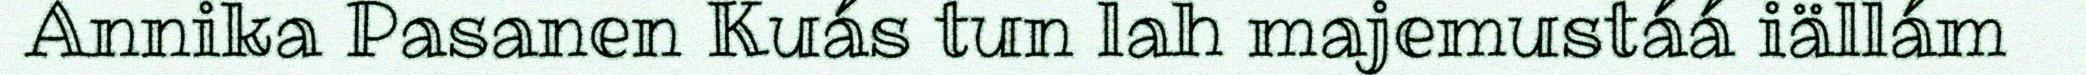
Annika Pasanen Kuás tun lah majemustáá iällám